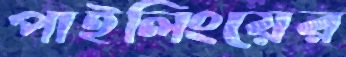
পাইলিংয়ের